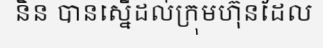
និន បានស្នើដល់ក្រុមហ៊ុនដែល